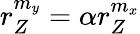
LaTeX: r_{Z}^{m_{y}}=\alpha r_{Z}^{m_{x}}